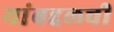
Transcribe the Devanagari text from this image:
यांबद्दलची